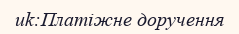
uk:Платіжне доручення